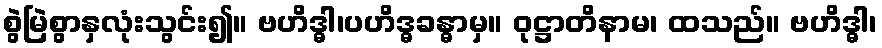
စွဲမြဲစွာနှလုံးသွင်း၍။ ဗဟိဒ္ဓါ၊ပဟိဒ္ဓခန္ဓာမှ။ ဝုဋ္ဌာတိနာမ၊ ထသည်။ ဗဟိဒ္ဓါ၊